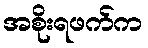
အစိုးရဖက်က